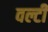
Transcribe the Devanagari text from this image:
वल्टी